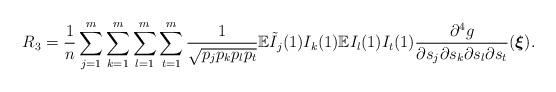
LaTeX: \begin{align*}R_3&=\frac{1}{n}\sum_{j=1}^m\sum_{k=1}^m\sum_{l=1}^{m}\sum_{t=1}^{m}\frac{1}{\sqrt{p_jp_kp_lp_t}}\mathbb{E}\tilde{I}_j(1)I_k(1)\mathbb{E}I_l(1)I_t(1)\frac{\partial^4g}{\partial s_j\partial s_k\partial s_l\partial s_t}(\boldsymbol{\xi}).\end{align*}